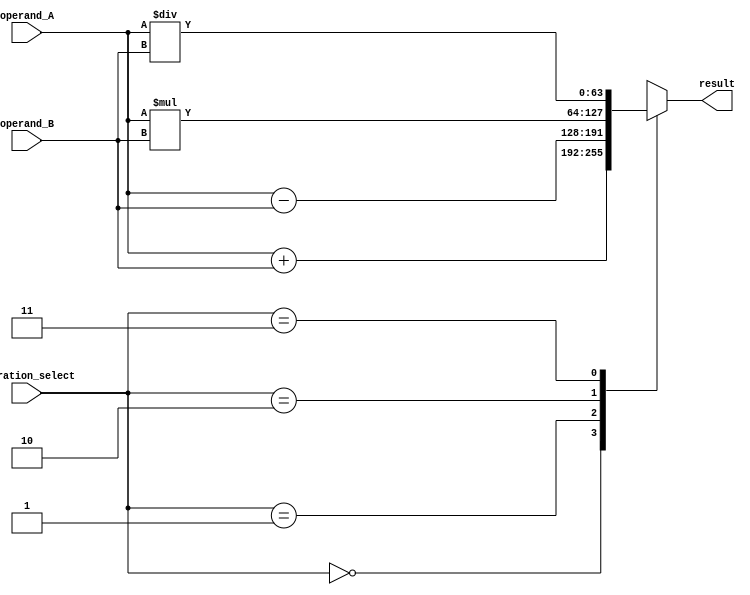
module DoublePrecisionFloatingPointUnit(
    input [63:0] operand_A,
    input [63:0] operand_B,
    input [1:0] operation_select,
    output reg [63:0] result
);

reg [63:0] intermediate_value;

always @(*)
begin
    case(operation_select)
        2'b00: result <= operand_A + operand_B; // Addition
        2'b01: result <= operand_A - operand_B; // Subtraction
        2'b10: result <= operand_A * operand_B; // Multiplication
        2'b11: result <= operand_A / operand_B; // Division
    endcase
end

endmodule